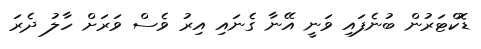
ޑޮކްޓަރުން ބުނެފައި ވަނީ އޭނާ ގެނައި އިރު ވެސް ވަރަށް ހާލު ދެރަ